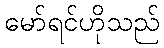
မော်ရင်ဟိုသည်